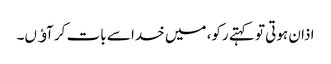
اذان ہوتی تو کہتے رکو، میں خدا سے بات کر آﺅں۔